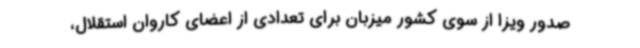
صدور ویزا از سوی کشور میزبان برای تعدادی از اعضای کاروان استقلال،